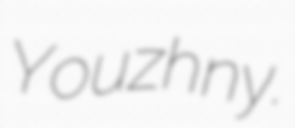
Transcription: Youzhny.